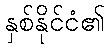
နှစ်နိုင်ငံ၏